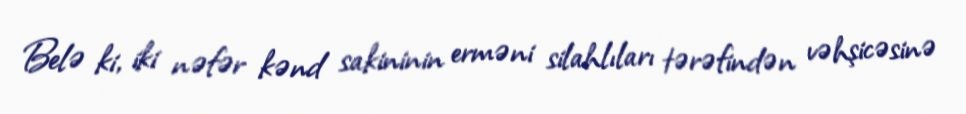
Belə ki, iki nəfər kənd sakininin erməni silahlıları tərəfindən vəhşicəsinə